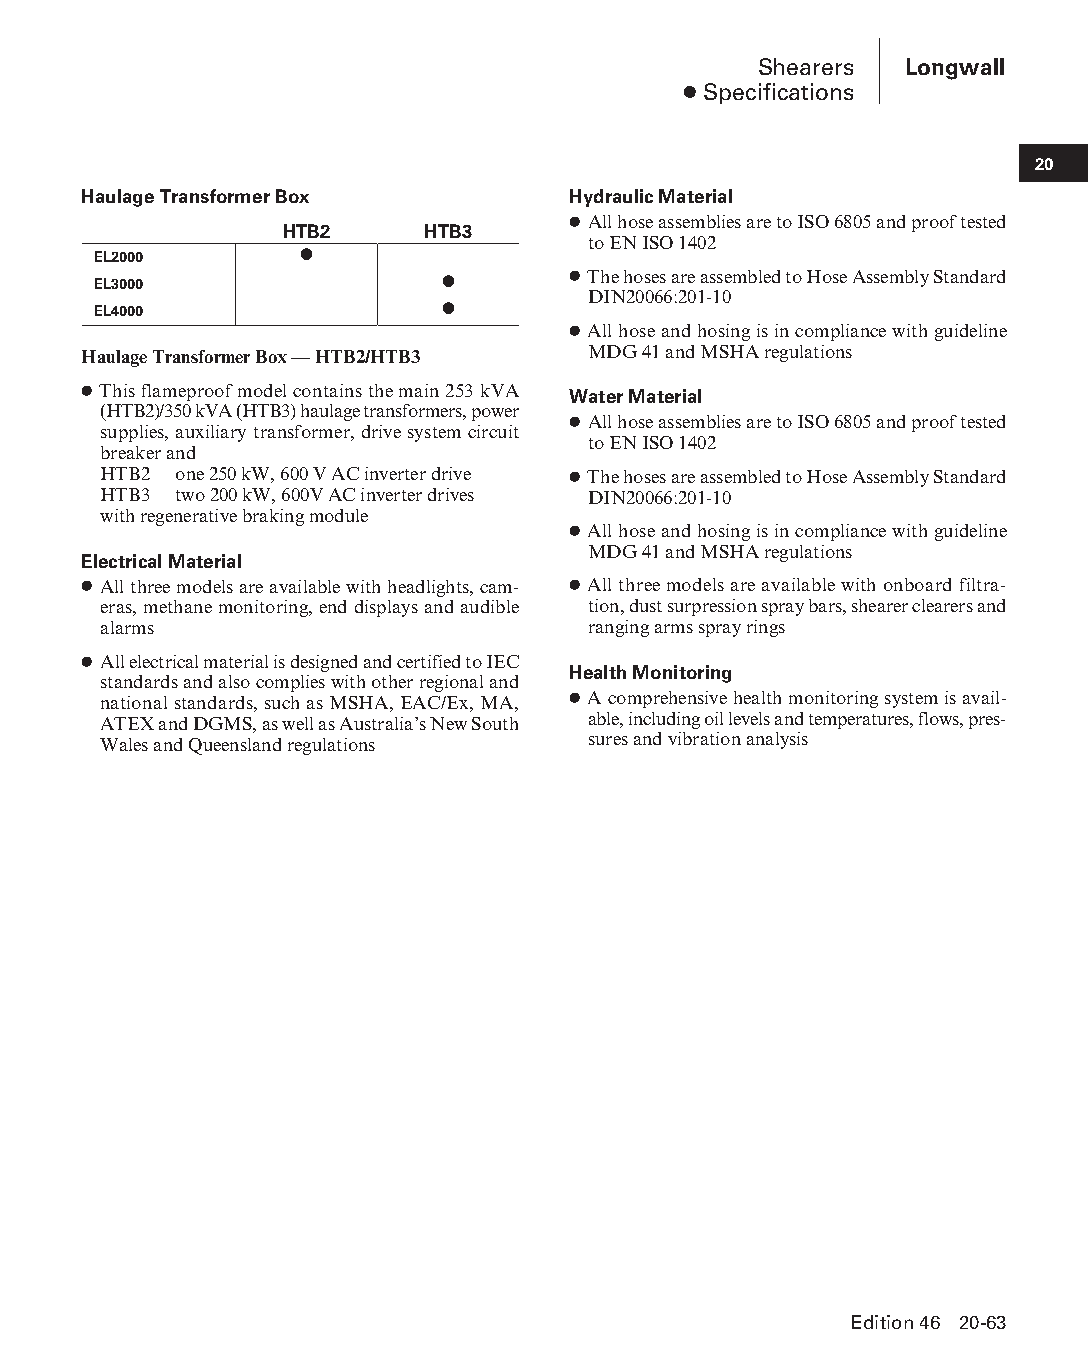
Shearers Longwall
 ● Specifications
 20
 Haulage Transformer Box         Hydraulic Material
 ● All hose assemblies are to ISO 6805 and proof tested
 HTB2     HTB3
 to EN ISO 1402
 EL2000       ●
 EL3000                 ●       ● The hoses are assembled to Hose Assembly Standard
 DIN20066:201-10
 EL4000                 ●
 ● All hose and hosing is in compliance with guideline
 Haulage Transformer Box — HTB2/HTB3 MDG 41 and MSHA regulations
 ● This flameproof model contains the main 253 kVA Water Material
 (HTB2)/350 kVA (HTB3) haulage transformers, power
 ● All hose assemblies are to ISO 6805 and proof tested
 supplies, auxiliary transformer, drive system circuit
 to EN ISO 1402
 breaker and
 HTB2 one 250 kW, 600 V AC inverter drive ● The hoses are assembled to Hose Assembly Standard
 HTB3 two 200 kW, 600V AC inverter drives DIN20066:201-10
 with regenerative braking module
 ● All hose and hosing is in compliance with guideline
 MDG 41 and MSHA regulations
 Electrical Material
 ● All three models are available with headlights, cam- ● All three models are available with onboard filtra-
 eras, methane monitoring, end displays and audible tion, dust surpression spray bars, shearer clearers and
 alarms                          ranging arms spray rings
 ● All electrical material is designed and certified to IEC
 Health Monitoring
 standards and also complies with other regional and
 national standards, such as MSHA, EAC/Ex, MA, ● A comprehensive health monitoring system is avail-
 ATEX and DGMS, as well as Australia’s New South able, including oil levels and temperatures, flows, pres-
 Wales and Queensland regulations sures and vibration analysis
 Edition 46 20-63
 PPHHBB--SSeecc2200--LLoonnggwwaallll((ppgg002255--112200))..iinndddd 6633 1122//44//1155 1111::0022 AAMM